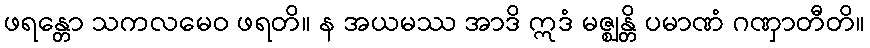
ဖရန္တော သကလမေဝ ဖရတိ။ န အယမဿ အာဒိ ဣဒံ မဇ္ဈန္တိ ပမာဏံ ဂဏှာတီတိ။